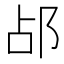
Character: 𬩷